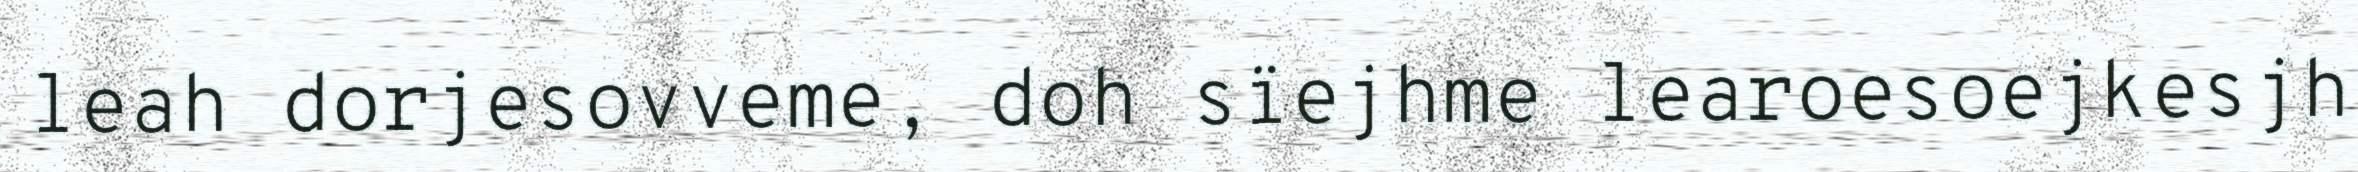
leah dorjesovveme, doh sïejhme learoesoejkesjh